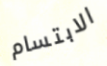
الابتسام